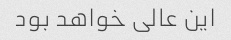
این عالی خواهد بود